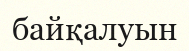
байқалуын